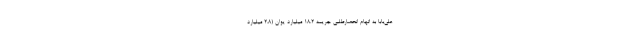
علی‌بابا به اتهام انحصارطلبی جریمه ۱۸.۲ میلیارد یوان (۲.۸ میلیارد